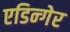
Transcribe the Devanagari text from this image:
एडिन्गेर